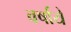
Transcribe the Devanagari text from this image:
वर्षाये